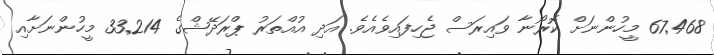
67